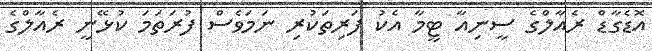
އޮޑެގާޑް ރެއާލްގެ ސީނިއާ ޓީމާ އެކު ފަރިތަކުރި ނަމަވެސް ފުރަތަމަ ކުޅޭނީ ރެއާލްގެ